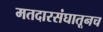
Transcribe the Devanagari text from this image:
मतदारसंघातूनच